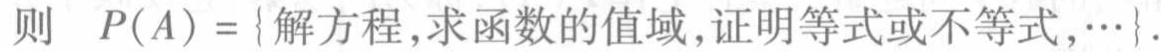
则 \(P(A)=\{\text{解方程},\text{求函数的值域},\text{证明等式或不等式},\cdots\}\)